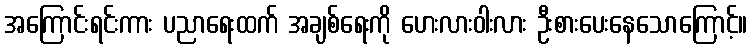
အကြောင်းရင်းကား ပညာရေးထက် အချစ်ရေးကို ဟေးလားဝါးလား ဦးစားပေးနေသောကြောင့်။